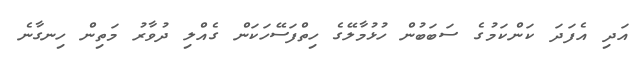
އަދި އެފަދަ ކަންކަމުގެ ސަބަބުން ހުޅުމާލޭގެ ހިތްފަސޭހަކަން ގެއްލި ދުވާރު މަތިން ހިނގާނެ